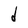
Character: d